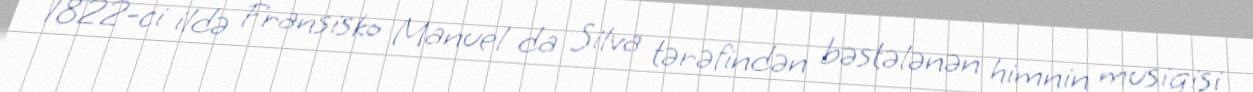
1822-ci ildə Fransisko Manuel da Silva tərəfindən bəstələnən himnin musiqisi